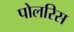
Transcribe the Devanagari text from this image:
पोलरिस